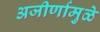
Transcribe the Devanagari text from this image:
अजीर्णामुळे